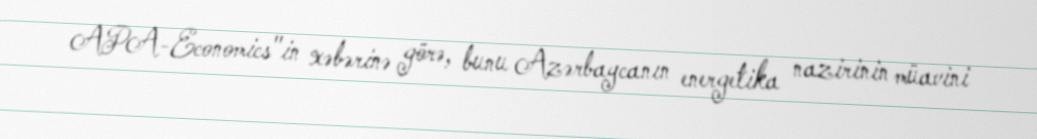
APA-Economics"in xəbərinə görə, bunu Azərbaycanın energetika nazirinin müavini